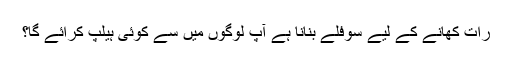
رات کھانے کے لیے سوفلے بنانا ہے آپ لوگوں میں سے کوئی ہیلپ کرائے گا؟